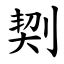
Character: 㓶